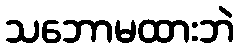
သဘောမထားဘဲ